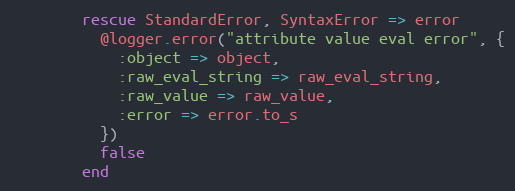
Language: Ruby
        rescue StandardError, SyntaxError => error
          @logger.error("attribute value eval error", {
            :object => object,
            :raw_eval_string => raw_eval_string,
            :raw_value => raw_value,
            :error => error.to_s
          })
          false
        end